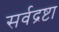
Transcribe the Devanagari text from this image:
सर्वद्रष्टा